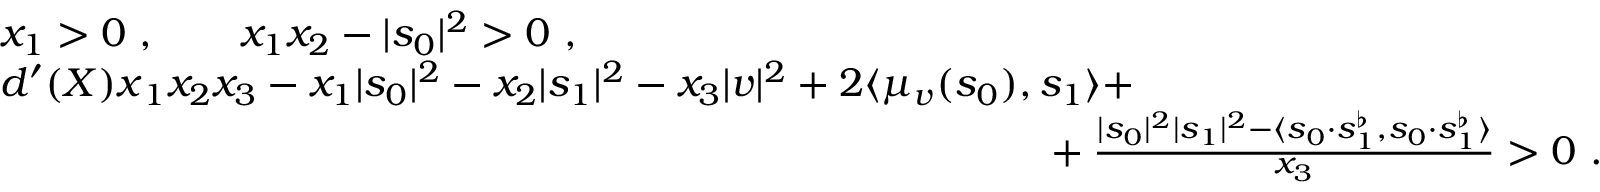
\begin{array} { r l } & { x _ { 1 } > 0 \ , \qquad x _ { 1 } x _ { 2 } - | s _ { 0 } | ^ { 2 } > 0 \ , } \\ & { d ^ { \prime } ( X ) \= x _ { 1 } x _ { 2 } x _ { 3 } - x _ { 1 } | s _ { 0 } | ^ { 2 } - x _ { 2 } | s _ { 1 } | ^ { 2 } - x _ { 3 } | v | ^ { 2 } + 2 \langle \mu _ { v } ( s _ { 0 } ) , s _ { 1 } \rangle + } \\ & { \phantom { a a a a a a a a a a a a a a a a a a a a a a a a a a a a a a a a a a a a } + \frac { | s _ { 0 } | ^ { 2 } | s _ { 1 } | ^ { 2 } - \langle s _ { 0 } { \boldsymbol { \cdot } } s _ { 1 } ^ { \flat } , s _ { 0 } { \boldsymbol { \cdot } } s _ { 1 } ^ { \flat } \rangle } { x _ { 3 } } > 0 \ . } \end{array}